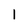
Character: 1